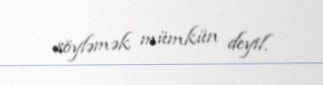
söyləmək mümkün deyil.